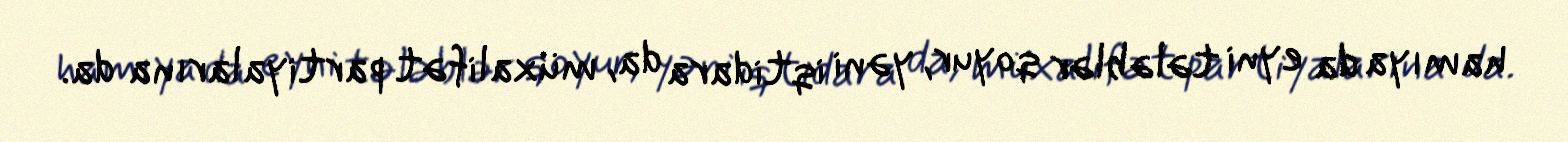
hamıya da eyni tələblər qoyur, yəni iqtidara da, müxalifət partiyalarına da.